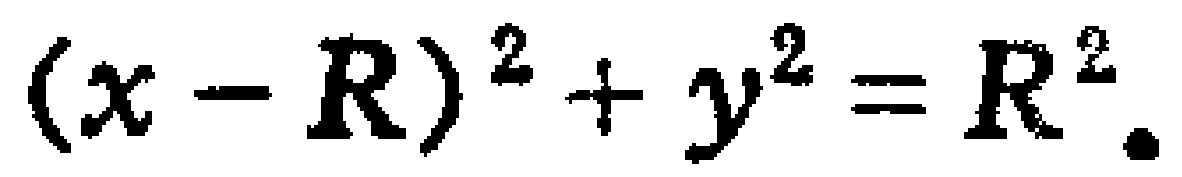
\((x - R)^2 + y^2 = R^2\)